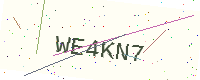
Text: WE4KN7